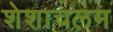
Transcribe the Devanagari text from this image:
शेशाचलम